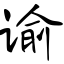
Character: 谕